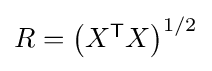
{\textstyle R=\left(X^{\mathsf {T}}X\right)^{1/2}}